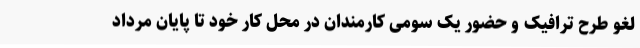
لغو طرح ترافیک و حضور یک سومی کارمندان در محل کار خود تا پایان مرداد